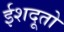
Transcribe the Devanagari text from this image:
ईशदूतो